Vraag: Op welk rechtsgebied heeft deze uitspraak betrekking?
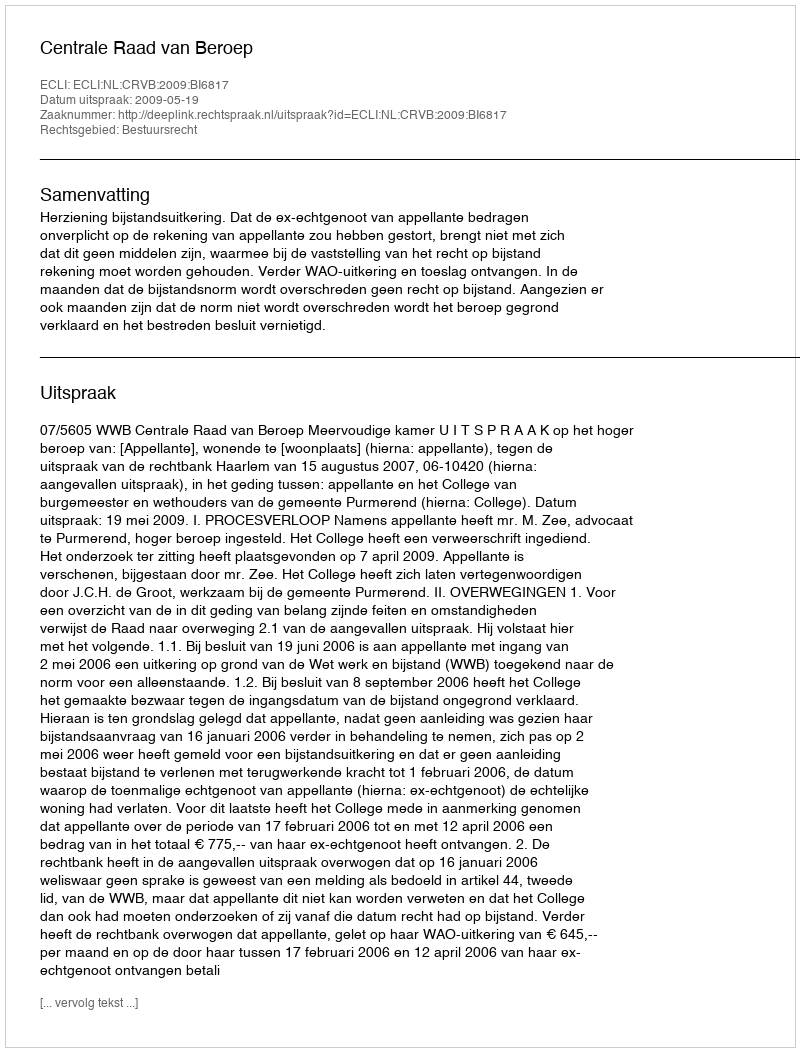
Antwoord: Bestuursrecht